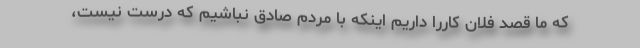
که ما قصد فلان کاررا داریم اینکه با مردم صادق نباشیم که درست نیست،